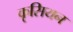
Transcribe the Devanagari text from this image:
कृसियन